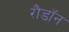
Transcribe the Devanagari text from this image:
रौडॉन